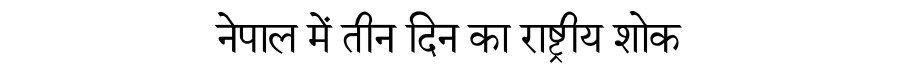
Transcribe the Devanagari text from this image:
नेपाल में तीन दिन का राष्ट्रीय शोक